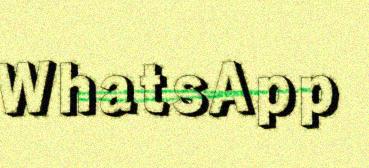
WhatsApp